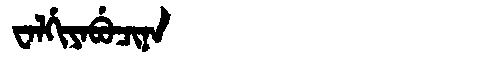
Manchu: ᠸᠠᠯᡤᡳᠶᠠᠪᡠᠴᡳᠨᠠ
Romanization: WALGIYABUCINA